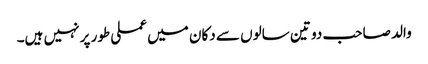
والد صاحب دو تین سالوں سے دکان میں عملی طور پر نہیں ہیں۔